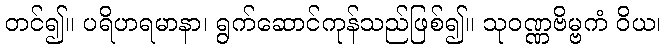
တင်၍။ ပရိဟရမာနာ၊ ရွက်ဆောင်ကုန်သည်ဖြစ်၍။ သုဝဏ္ဏဗိမ္ဗကံ ဝိယ၊